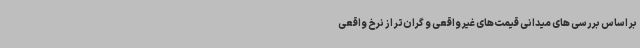
بر اساس بررسی های میدانی قیمت‌های غیر واقعی و گران‌تر از نرخ واقعی